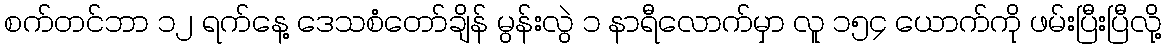
စက်တင်ဘာ ၁၂ ရက်နေ့ ဒေသစံတော်ချိန် မွန်းလွဲ ၁ နာရီလောက်မှာ လူ ၁၅၄ ယောက်ကို ဖမ်းပြီးပြီလို့